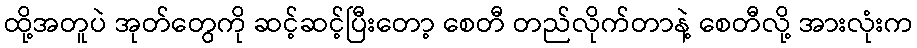
ထို့အတူပဲ အုတ်တွေကို ဆင့်ဆင့်ပြီးတော့ စေတီ တည်လိုက်တာနဲ့ စေတီလို့ အားလုံးက